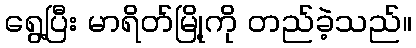
ရွေ့ပြီး မာရိတ်မြို့ကို တည်ခဲ့သည်။